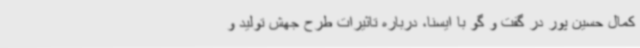
کمال حسین پور در گفت و گو با ایسنا، درباره تاثیرات طرح جهش تولید و